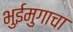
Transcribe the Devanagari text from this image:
भुईमुगाचा